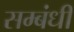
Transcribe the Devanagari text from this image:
सम्‍बंधी